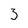
Character: 3